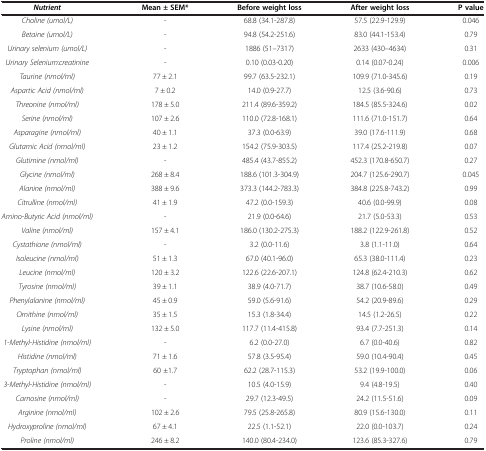
<table><thead><tr><td><b><i>Nutrient</i></b></td><td><b>Mean ± SEM*</b></td><td><b>Before weight loss</b></td><td><b>After weight loss</b></td><td><b>P value</b></td></tr></thead><tbody><tr><td><i>Choline (umol/L)</i></td><td>-</td><td>68.8 (34.1-287.8)</td><td>57.5 (22.9-129.9)</td><td>0.046</td></tr><tr><td><i>Betaine (umol/L)</i></td><td>-</td><td>94.8 (54.2-251.6)</td><td>83.0 (44.1-153.4)</td><td>0.79</td></tr><tr><td><i>Urinary selenium (umol/L)</i></td><td>-</td><td>1886 (51–7317)</td><td>2633 (430–4634)</td><td>0.31</td></tr><tr><td><i>Urinary Selenium:creatinine</i></td><td>-</td><td>0.10 (0.03-0.20)</td><td>0.14 (0.07-0.24)</td><td>0.006</td></tr><tr><td><i>Taurine (nmol/ml)</i></td><td>77 ± 2.1</td><td>99.7 (63.5-232.1)</td><td>109.9 (71.0-345.6)</td><td>0.19</td></tr><tr><td><i>Aspartic Acid (nmol/ml)</i></td><td>7 ± 0.2</td><td>14.0 (0.9-27.7)</td><td>12.5 (3.6-90.6)</td><td>0.73</td></tr><tr><td><i>Threonine (nmol/ml)</i></td><td>178 ± 5.0</td><td>211.4 (89.6-359.2)</td><td>184.5 (85.5-324.6)</td><td>0.02</td></tr><tr><td><i>Serine (nmol/ml)</i></td><td>107 ± 2.6</td><td>110.0 (72.8-168.1)</td><td>111.6 (71.0-151.7)</td><td>0.64</td></tr><tr><td><i>Asparagine (nmol/ml)</i></td><td>40 ± 1.1</td><td>37.3 (0.0-63.9)</td><td>39.0 (17.6-111.9)</td><td>0.68</td></tr><tr><td><i>Glutamic Acid (nmol/ml)</i></td><td>23 ± 1.2</td><td>154.2 (75.9-303.5)</td><td>117.4 (25.2-219.8)</td><td>0.07</td></tr><tr><td><i>Glutimine (nmol/ml)</i></td><td>-</td><td>485.4 (43.7-855.2)</td><td>452.3 (170.8-650.7)</td><td>0.27</td></tr><tr><td><i>Glycine (nmol/ml)</i></td><td>268 ± 8.4</td><td>188.6 (101.3-304.9)</td><td>204.7 (125.6-290.7)</td><td>0.045</td></tr><tr><td><i>Alanine (nmol/ml)</i></td><td>388 ± 9.6</td><td>373.3 (144.2-783.3)</td><td>384.8 (225.8-743.2)</td><td>0.99</td></tr><tr><td><i>Citrulline (nmol/ml)</i></td><td>41 ± 1.9</td><td>47.2 (0.0-159.3)</td><td>40.6 (0.0-99.9)</td><td>0.08</td></tr><tr><td><i>Amino-Butyric Acid (nmol/ml)</i></td><td>-</td><td>21.9 (0.0-64.6)</td><td>21.7 (5.0-53.3)</td><td>0.53</td></tr><tr><td><i>Valine (nmol/ml)</i></td><td>157 ± 4.1</td><td>186.0 (130.2-275.3)</td><td>188.2 (122.9-261.8)</td><td>0.52</td></tr><tr><td><i>Cystathione (nmol/ml)</i></td><td>-</td><td>3.2 (0.0-11.6)</td><td>3.8 (1.1-11.0)</td><td>0.64</td></tr><tr><td><i>Isoleucine (nmol/ml)</i></td><td>51 ± 1.3</td><td>67.0 (40.1-96.0)</td><td>65.3 (38.0-111.4)</td><td>0.23</td></tr><tr><td><i>Leucine (nmol/ml)</i></td><td>120 ± 3.2</td><td>122.6 (22.6-207.1)</td><td>124.8 (62.4-210.3)</td><td>0.62</td></tr><tr><td><i>Tyrosine (nmol/ml)</i></td><td>39 ± 1.1</td><td>38.9 (4.0-71.7)</td><td>38.7 (10.6-58.0)</td><td>0.49</td></tr><tr><td><i>Phenylalanine (nmol/ml)</i></td><td>45 ± 0.9</td><td>59.0 (5.6-91.6)</td><td>54.2 (20.9-89.6)</td><td>0.29</td></tr><tr><td><i>Ornithine (nmol/ml)</i></td><td>35 ± 1.5</td><td>15.3 (1.8-34.4)</td><td>14.5 (1.2-26.5)</td><td>0.22</td></tr><tr><td><i>Lysine (nmol/ml)</i></td><td>132 ± 5.0</td><td>117.7 (11.4-415.8)</td><td>93.4 (7.7-251.3)</td><td>0.14</td></tr><tr><td><i>1-Methyl-Histidine (nmol/ml)</i></td><td>-</td><td>6.2 (0.0-27.0)</td><td>6.7 (0.0-40.6)</td><td>0.82</td></tr><tr><td><i>Histidine (nmol/ml)</i></td><td>71 ± 1.6</td><td>57.8 (3.5-95.4)</td><td>59.0 (10.4-90.4)</td><td>0.45</td></tr><tr><td><i>Tryptophan (nmol/ml)</i></td><td>60 ±1.7</td><td>62.2 (28.7-115.3)</td><td>53.2 (19.9-100.0)</td><td>0.06</td></tr><tr><td><i>3-Methyl-Histidine (nmol/ml)</i></td><td>-</td><td>10.5 (4.0-15.9)</td><td>9.4 (4.8-19.5)</td><td>0.40</td></tr><tr><td><i>Carnosine (nmol/ml)</i></td><td>-</td><td>29.7 (12.3-49.5)</td><td>24.2 (11.5-51.6)</td><td>0.09</td></tr><tr><td><i>Arginine (nmol/ml)</i></td><td>102 ± 2.6</td><td>79.5 (25.8-265.8)</td><td>80.9 (15.6-130.0)</td><td>0.11</td></tr><tr><td><i>Hydroxyproline (nmol/ml)</i></td><td>67 ± 4.1</td><td>22.5 (1.1-52.1)</td><td>22.0 (0.0-103.7)</td><td>0.24</td></tr><tr><td><i>Proline (nmol/ml)</i></td><td>246 ± 8.2</td><td>140.0 (80.4-234.0)</td><td>123.6 (85.3-327.6)</td><td>0.79</td></tr></tbody></table>